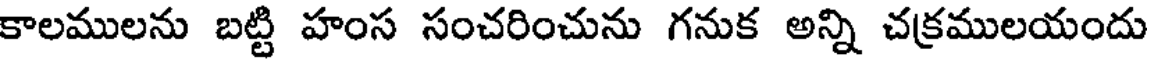
కాలములను బట్టి హంస సంచరించును గనుక అన్ని చక్రములయందు